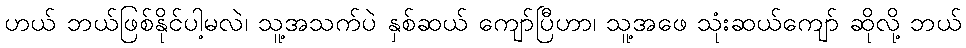
ဟယ် ဘယ်ဖြစ်နိုင်ပါ့မလဲ၊ သူ့အသက်ပဲ နှစ်ဆယ် ကျော်ပြီဟာ၊ သူ့အဖေ သုံးဆယ်ကျော် ဆိုလို့ ဘယ်